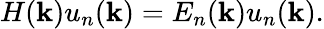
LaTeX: H(\mathbf{k})u_{n}(\mathbf{k})=E_{n}(\mathbf{k})u_{n}(\mathbf{k}).